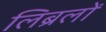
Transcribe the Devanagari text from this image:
लिब्रलों